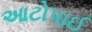
આટોપાઈ